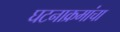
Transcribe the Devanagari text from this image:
घटनाक्रमांचा